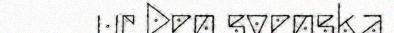
ur Den svenska